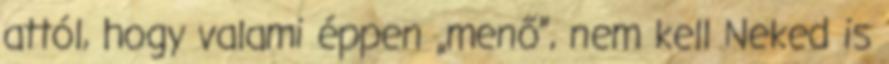
attól, hogy valami éppen „menő”, nem kell Neked is